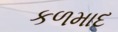
કળમાદ